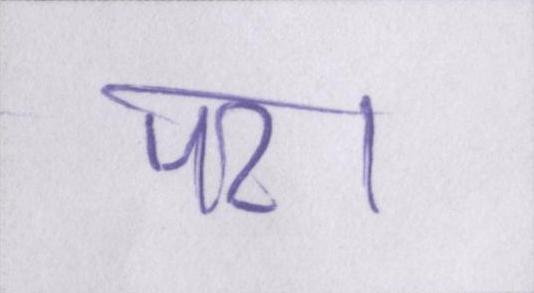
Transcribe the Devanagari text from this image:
पर।